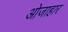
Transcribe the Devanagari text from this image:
ओजाहार